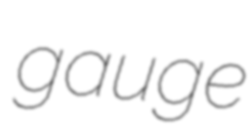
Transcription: gauge